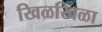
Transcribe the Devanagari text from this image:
खिळखिळा